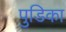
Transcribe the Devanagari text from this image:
पुडिका